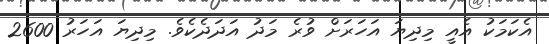
އެކަމަކު އެއީ މިދިޔަ އަހަރަށް ވުރެ މަދު އަދަދެކެވެ. މިދިޔަ އަހަރު 2600